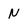
Character: N